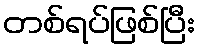
တစ်ရပ်ဖြစ်ပြီး